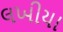
લખીયા